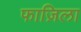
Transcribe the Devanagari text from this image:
फाज़िला